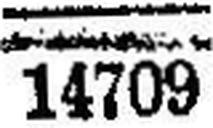
14709